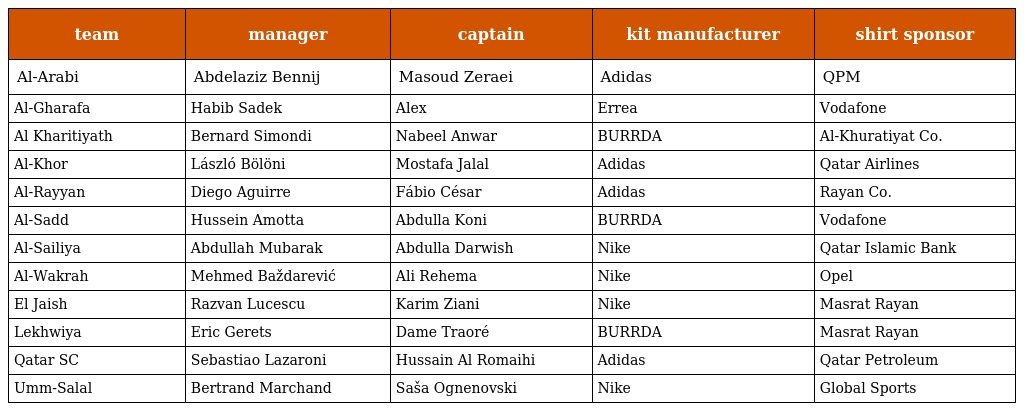
| team | manager | captain | kit manufacturer | shirt sponsor |
 | --- | --- | --- | --- | --- |
 | Al-Arabi | Abdelaziz Bennij | Masoud Zeraei | Adidas | QPM |
 | Al-Gharafa | Habib Sadek | Alex | Errea | Vodafone |
 | Al Kharitiyath | Bernard Simondi | Nabeel Anwar | BURRDA | Al-Khuratiyat Co. |
 | Al-Khor | László Bölöni | Mostafa Jalal | Adidas | Qatar Airlines |
 | Al-Rayyan | Diego Aguirre | Fábio César | Adidas | Rayan Co. |
 | Al-Sadd | Hussein Amotta | Abdulla Koni | BURRDA | Vodafone |
 | Al-Sailiya | Abdullah Mubarak | Abdulla Darwish | Nike | Qatar Islamic Bank |
 | Al-Wakrah | Mehmed Baždarević | Ali Rehema | Nike | Opel |
 | El Jaish | Razvan Lucescu | Karim Ziani | Nike | Masrat Rayan |
 | Lekhwiya | Eric Gerets | Dame Traoré | BURRDA | Masrat Rayan |
 | Qatar SC | Sebastiao Lazaroni | Hussain Al Romaihi | Adidas | Qatar Petroleum |
 | Umm-Salal | Bertrand Marchand | Saša Ognenovski | Nike | Global Sports |